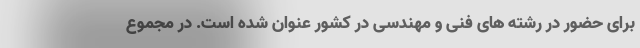
برای حضور در رشته های فنی و مهندسی در کشور عنوان شده است. در مجموع